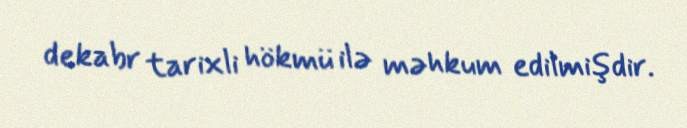
dekabr tarixli hökmü ilə məhkum edilmişdir.